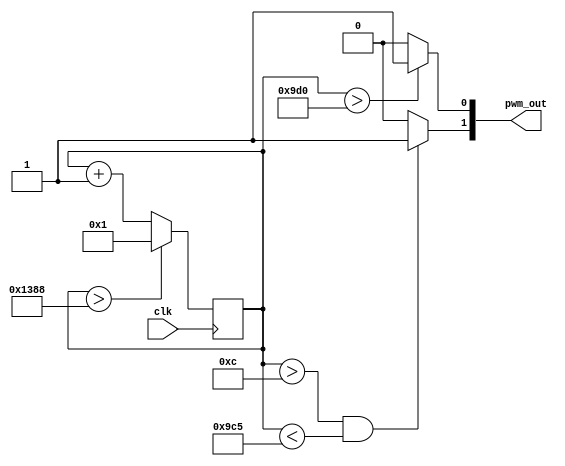
//***********************************************************************
//Lowest possible frequency with 16-bit counter & 133 MHz clock is ~2.5 KHz
//DUTY: Maximum DUTY is 100, producing 50% duty_cycle in either PWMs.
//PWM_PERIOD: Given in integer ns
//CLK_PERIOD: Given in integer ns
//DEAD_TIME: Given in integer ns. Its best given in multiples of the clock period                          
//***********************************************************************
module H_bridge #(parameter DUTY = 7'd100, PWM_PERIOD = 40000, DEAD_TIME = 13'd100, CLK_PERIOD = 4'd8)(
output [1:0]pwm_out,
input clk
);

localparam [15:0]CLKS_IN_PWM_PERIOD = (PWM_PERIOD/CLK_PERIOD);
localparam [15:0]CLKS_IN_DEAD_TIME = (DEAD_TIME/CLK_PERIOD);
localparam [15:0]TH_HIGH_0 = ((((CLKS_IN_PWM_PERIOD)*(100-(DUTY/2)))/100) + (CLKS_IN_DEAD_TIME));
localparam [15:0]TH_HIGH_1 = (((TH_HIGH_0-CLKS_IN_DEAD_TIME)/2) - (((CLKS_IN_PWM_PERIOD) - (TH_HIGH_0-CLKS_IN_DEAD_TIME))/2) + (CLKS_IN_DEAD_TIME));
localparam [15:0]TH_LOW_1 = (((TH_HIGH_0-CLKS_IN_DEAD_TIME)/2) + (((CLKS_IN_PWM_PERIOD) - (TH_HIGH_0-CLKS_IN_DEAD_TIME))/2))+1;

//***********************************************************************
//
//  PWM Generator
//
//***********************************************************************
reg [15:0]counter = 0;
always@(posedge clk)
	begin
		counter <= counter + 1;
		if (counter>(CLKS_IN_PWM_PERIOD))
			counter <= 1;
		end
assign pwm_out[0] = (counter>TH_HIGH_0)?1'd1:1'd0;
assign pwm_out[1] = ((counter>TH_HIGH_1) && (counter<TH_LOW_1))?1'd1:1'd0;
endmodule